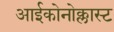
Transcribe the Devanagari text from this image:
आईकोनोक्लास्ट